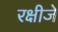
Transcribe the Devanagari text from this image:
रक्षीजे